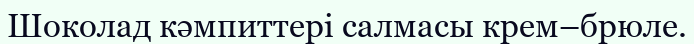
Шоколад кәмпиттері салмасы крем–брюле.